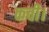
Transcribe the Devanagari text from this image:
कवी।